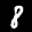
Label: 8